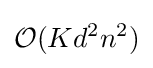
{\mathcal {O}}(Kd^{2}n^{2})